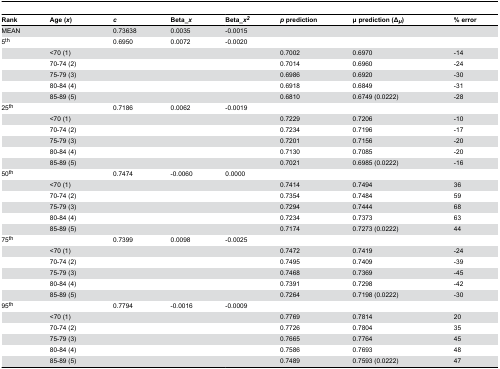
<table><thead><tr><td><b>Rank</b></td><td><b>Age (<i>x</i>)</b></td><td><b><i>c</i></b></td><td><b>Beta_<i>x</i></b></td><td><b>Beta_<i>x</i><sup><i>2</i></sup></b></td><td><b><i>p</i> prediction</b></td><td><b>μ prediction (Δ<sub><i>μ</i></sub>)</b></td><td><b>% error</b></td></tr></thead><tbody><tr><td>MEAN</td><td></td><td>0.73638</td><td>0.0035</td><td>-0.0015</td><td></td><td></td><td></td></tr><tr><td>5<sup>th</sup></td><td></td><td>0.6950</td><td>0.0072</td><td>-0.0020</td><td></td><td></td><td></td></tr><tr><td></td><td>&lt;70 (1)</td><td></td><td></td><td></td><td>0.7002</td><td>0.6970</td><td>-14</td></tr><tr><td></td><td>70-74 (2)</td><td></td><td></td><td></td><td>0.7014</td><td>0.6960</td><td>-24</td></tr><tr><td></td><td>75-79 (3)</td><td></td><td></td><td></td><td>0.6986</td><td>0.6920</td><td>-30</td></tr><tr><td></td><td>80-84 (4)</td><td></td><td></td><td></td><td>0.6918</td><td>0.6849</td><td>-31</td></tr><tr><td></td><td>85-89 (5)</td><td></td><td></td><td></td><td>0.6810</td><td>0.6749 (0.0222)</td><td>-28</td></tr><tr><td>25<sup>th</sup></td><td></td><td>0.7186</td><td>0.0062</td><td>-0.0019</td><td></td><td></td><td></td></tr><tr><td></td><td>&lt;70 (1)</td><td></td><td></td><td></td><td>0.7229</td><td>0.7206</td><td>-10</td></tr><tr><td></td><td>70-74 (2)</td><td></td><td></td><td></td><td>0.7234</td><td>0.7196</td><td>-17</td></tr><tr><td></td><td>75-79 (3)</td><td></td><td></td><td></td><td>0.7201</td><td>0.7156</td><td>-20</td></tr><tr><td></td><td>80-84 (4)</td><td></td><td></td><td></td><td>0.7130</td><td>0.7085</td><td>-20</td></tr><tr><td></td><td>85-89 (5)</td><td></td><td></td><td></td><td>0.7021</td><td>0.6985 (0.0222)</td><td>-16</td></tr><tr><td>50<sup>th</sup></td><td></td><td>0.7474</td><td>-0.0060</td><td>0.0000</td><td></td><td></td><td></td></tr><tr><td></td><td>&lt;70 (1)</td><td></td><td></td><td></td><td>0.7414</td><td>0.7494</td><td>36</td></tr><tr><td></td><td>70-74 (2)</td><td></td><td></td><td></td><td>0.7354</td><td>0.7484</td><td>59</td></tr><tr><td></td><td>75-79 (3)</td><td></td><td></td><td></td><td>0.7294</td><td>0.7444</td><td>68</td></tr><tr><td></td><td>80-84 (4)</td><td></td><td></td><td></td><td>0.7234</td><td>0.7373</td><td>63</td></tr><tr><td></td><td>85-89 (5)</td><td></td><td></td><td></td><td>0.7174</td><td>0.7273 (0.0222)</td><td>44</td></tr><tr><td>75<sup>th</sup></td><td></td><td>0.7399</td><td>0.0098</td><td>-0.0025</td><td></td><td></td><td></td></tr><tr><td></td><td>&lt;70 (1)</td><td></td><td></td><td></td><td>0.7472</td><td>0.7419</td><td>-24</td></tr><tr><td></td><td>70-74 (2)</td><td></td><td></td><td></td><td>0.7495</td><td>0.7409</td><td>-39</td></tr><tr><td></td><td>75-79 (3)</td><td></td><td></td><td></td><td>0.7468</td><td>0.7369</td><td>-45</td></tr><tr><td></td><td>80-84 (4)</td><td></td><td></td><td></td><td>0.7391</td><td>0.7298</td><td>-42</td></tr><tr><td></td><td>85-89 (5)</td><td></td><td></td><td></td><td>0.7264</td><td>0.7198 (0.0222)</td><td>-30</td></tr><tr><td>95<sup>th</sup></td><td></td><td>0.7794</td><td>-0.0016</td><td>-0.0009</td><td></td><td></td><td></td></tr><tr><td></td><td>&lt;70 (1)</td><td></td><td></td><td></td><td>0.7769</td><td>0.7814</td><td>20</td></tr><tr><td></td><td>70-74 (2)</td><td></td><td></td><td></td><td>0.7726</td><td>0.7804</td><td>35</td></tr><tr><td></td><td>75-79 (3)</td><td></td><td></td><td></td><td>0.7665</td><td>0.7764</td><td>45</td></tr><tr><td></td><td>80-84 (4)</td><td></td><td></td><td></td><td>0.7586</td><td>0.7693</td><td>48</td></tr><tr><td></td><td>85-89 (5)</td><td></td><td></td><td></td><td>0.7489</td><td>0.7593 (0.0222)</td><td>47</td></tr></tbody></table>